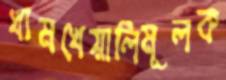
খামখেয়ালিমূলক